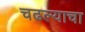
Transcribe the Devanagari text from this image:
चढल्याचा